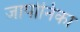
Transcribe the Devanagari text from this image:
जापोनिका